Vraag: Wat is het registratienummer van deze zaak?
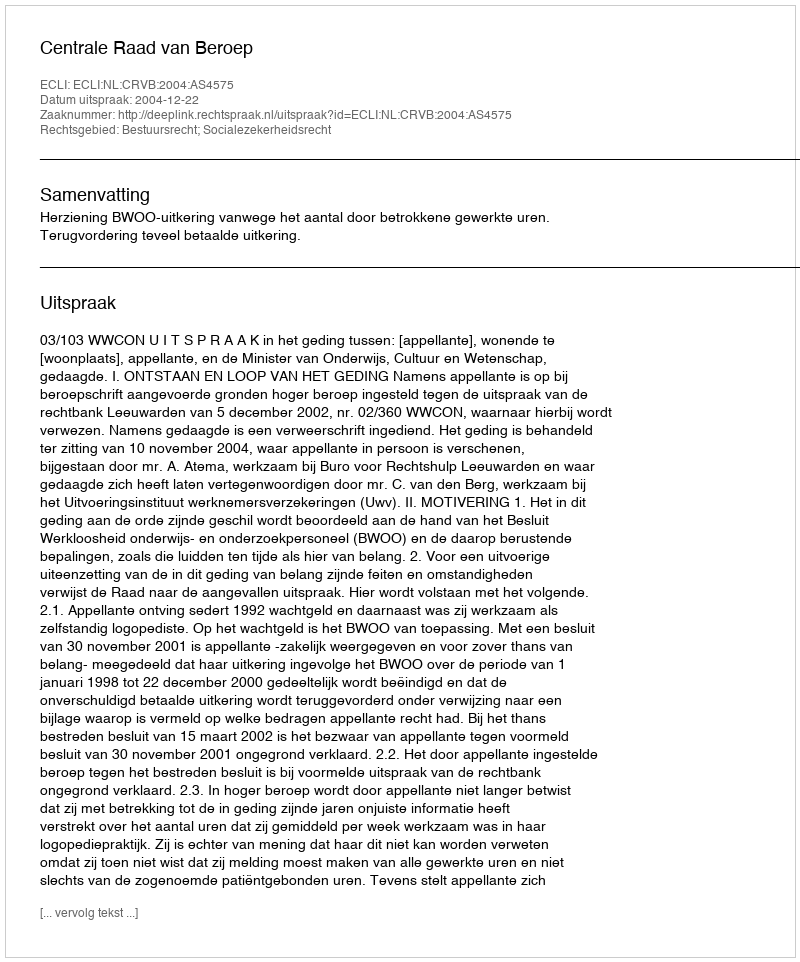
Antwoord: http://deeplink.rechtspraak.nl/uitspraak?id=ECLI:NL:CRVB:2004:AS4575